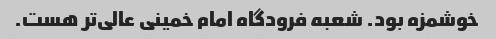
خوشمزه بود. شعبه فرودگاه امام خمینی عالی‌تر هست.